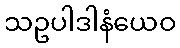
သဥပါဒါနံယေဝ